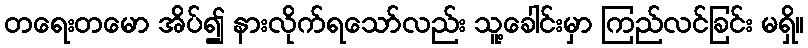
တရေးတမော အိပ်၍ နားလိုက်ရသော်လည်း သူ့ခေါင်းမှာ ကြည်လင်ခြင်း မရှိ။